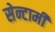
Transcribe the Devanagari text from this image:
सेन्टामी